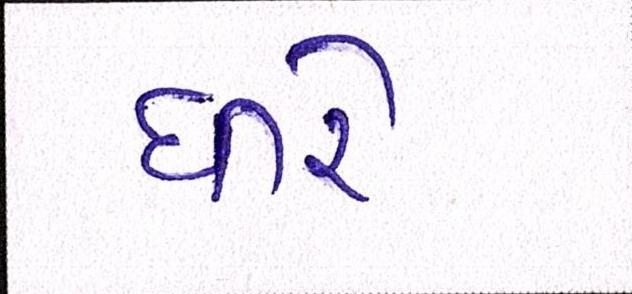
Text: ધીરે